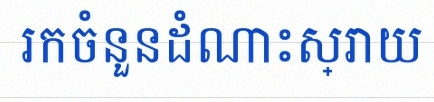
រកចំនួនដំណោះស្រាយ